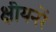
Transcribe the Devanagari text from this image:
क्षीयनरें